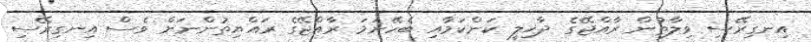
އިނގިރޭސި ވިލާތުން ރާއްޖޭގެ ދާޚިލީ ކަންކަމާއި ބެހޭނަމަ ރާއްޖޭގެ ރައްޔިތުންނަށް ވެސް އިނގިރޭސި